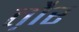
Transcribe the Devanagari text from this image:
त़ौर